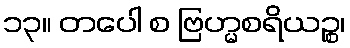
၁၃။ တပေါ စ ဗြဟ္မစရိယဉ္စ၊